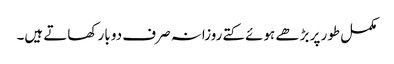
مکمل طور پر بڑھے ہوئے کتے روزانہ صرف دو بار کھاتے ہیں۔